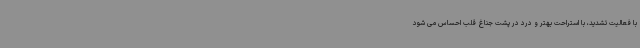
با فعالیت تشدید، با استراحت بهتر و درد در پشت جناغ قلب احساس می شود